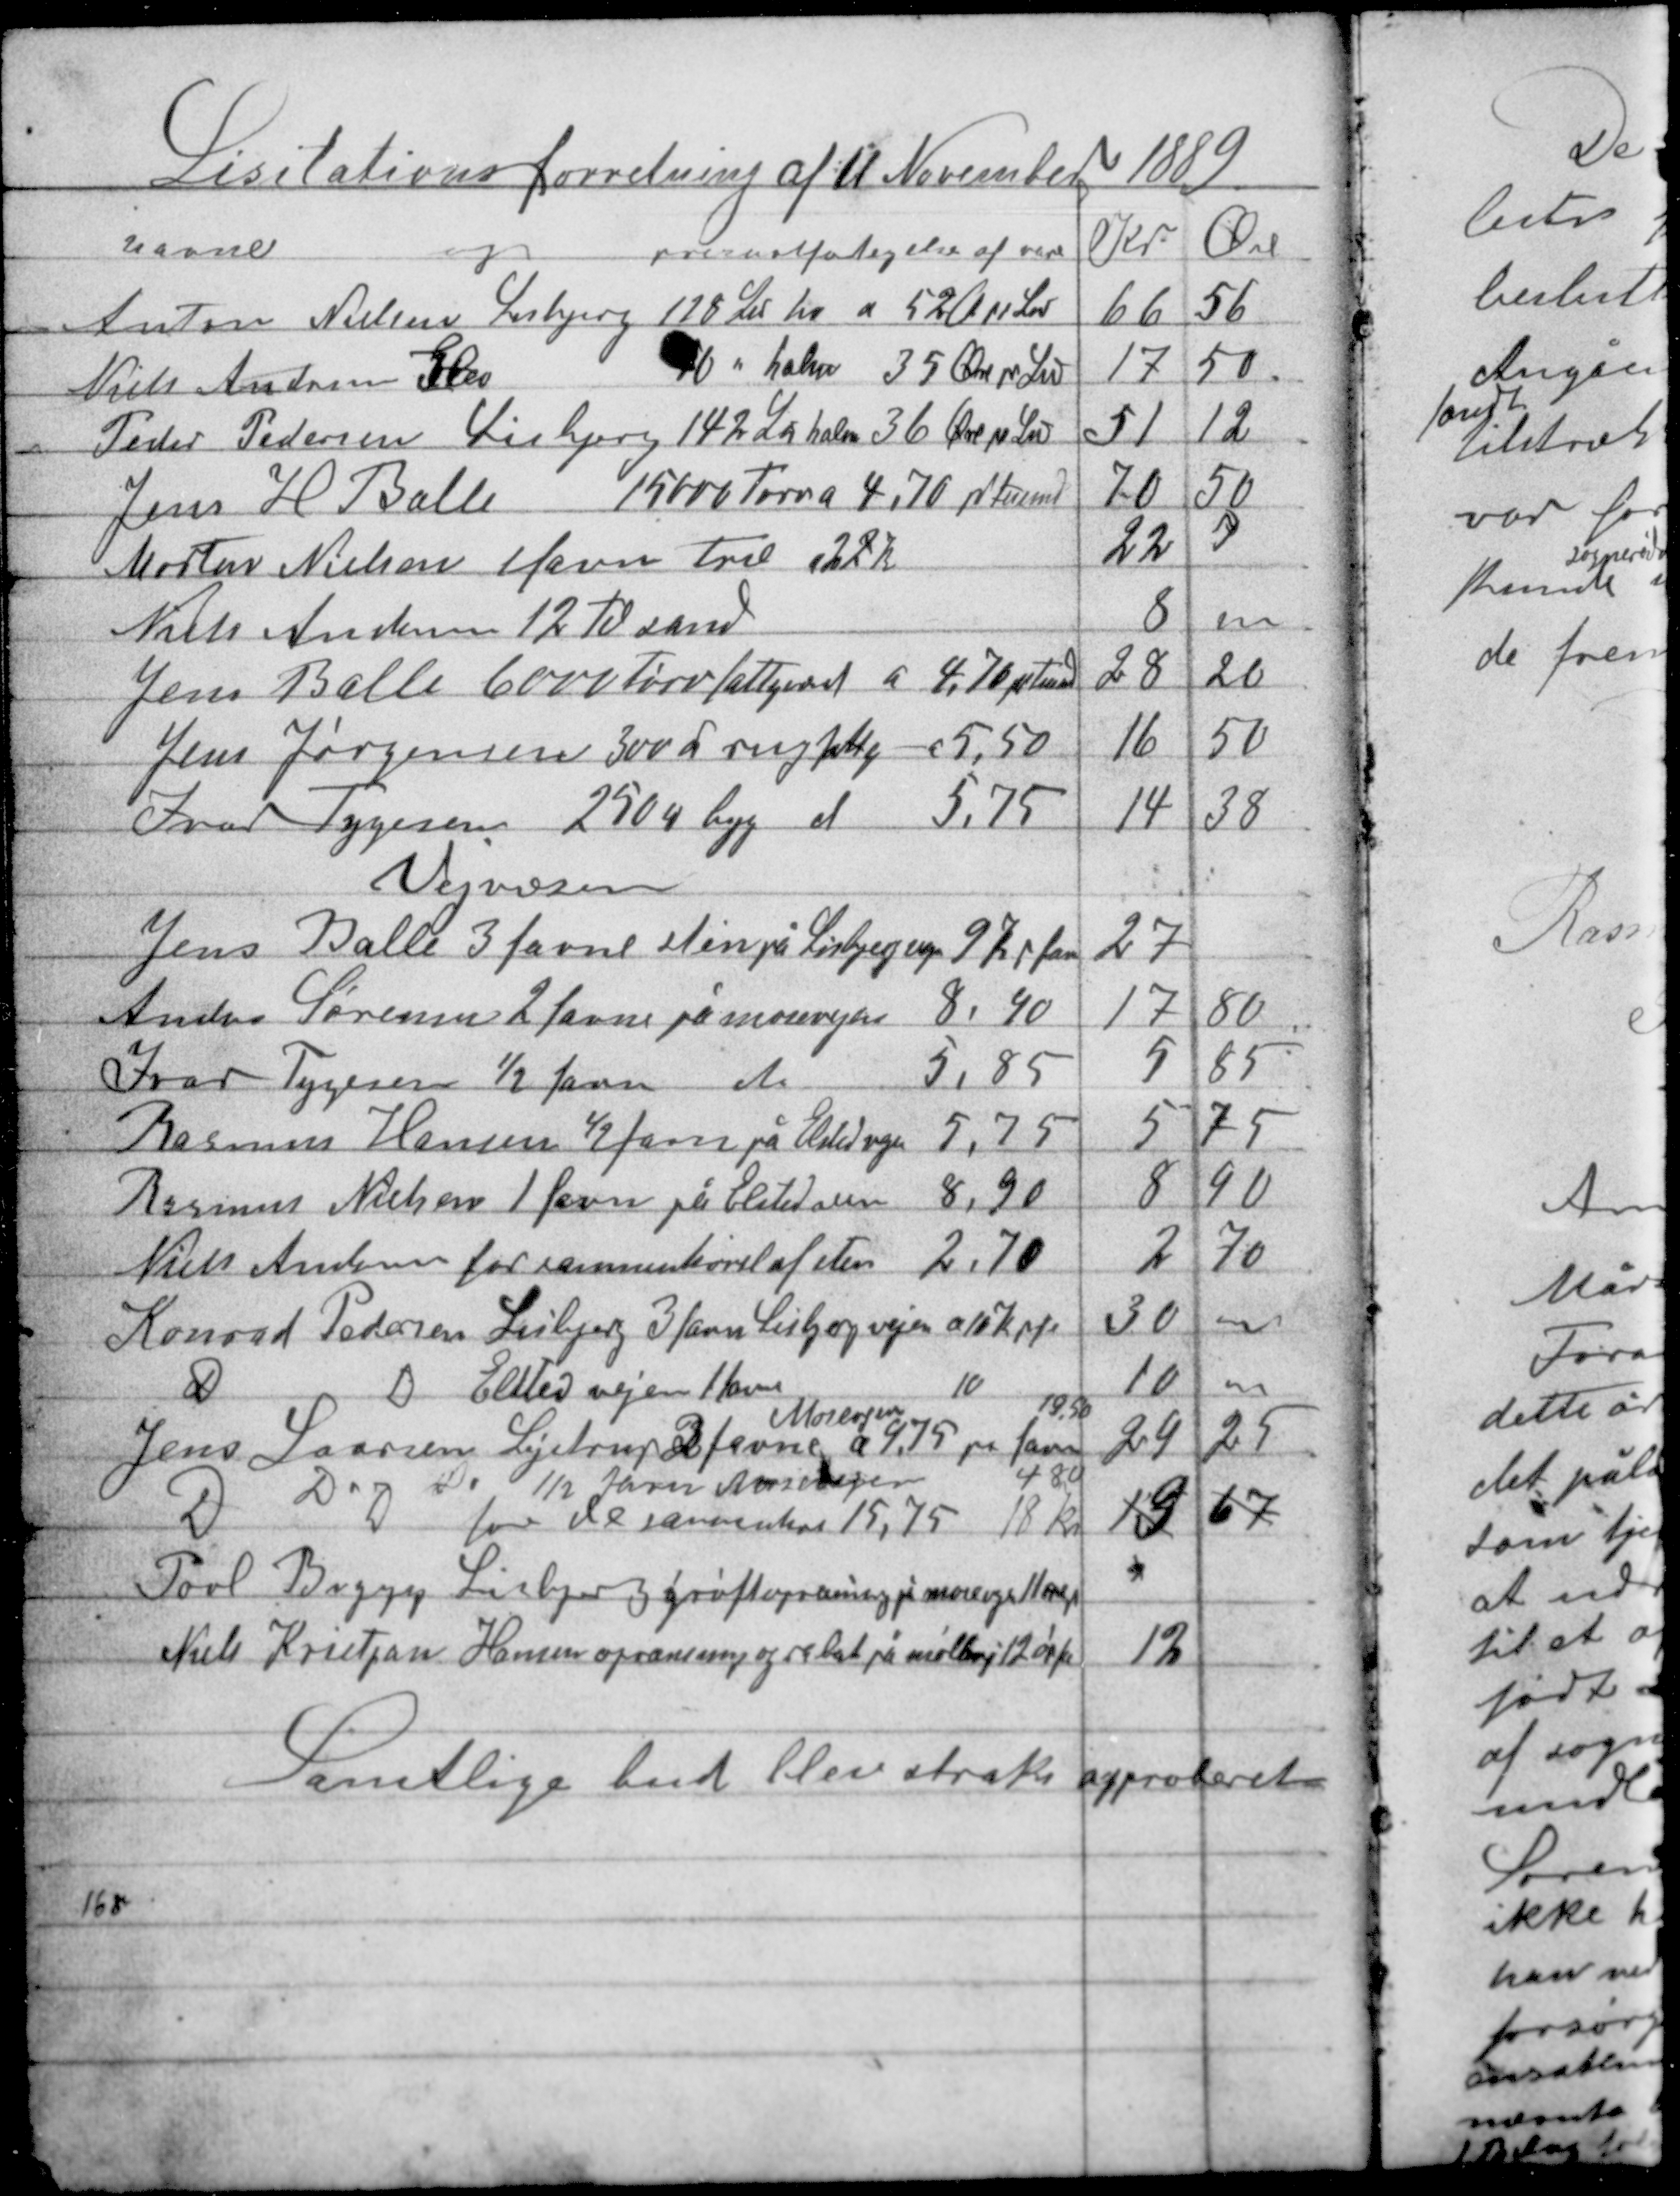
Transskription:
Lisitationsforretning af 11 November 1889

Samtlige bud blev straks approberet